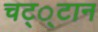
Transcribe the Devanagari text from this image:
चट््टान